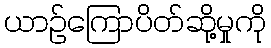
ယာဉ်ကြောပိတ်ဆို့မှုကို